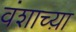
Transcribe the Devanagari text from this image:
वंशाच्य़ा